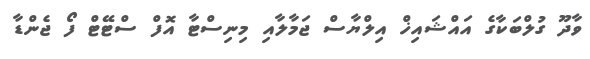
ވާދޫ ގުލްބަކާގެ އައްޝައިޚް އިލްޔާސް ޖަމާލާއި މިނިސްޓާ އޮފް ސްޓޭޓް ފޯ ޖެންޑާ